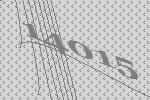
14015